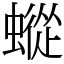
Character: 䗥